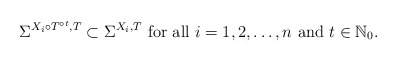
\begin{align*}\Sigma^{X_i\circ T^{\circ t},T}\subset \Sigma^{X_i,T}\mbox{ for all }i=1,2,\ldots,n\mbox{ and }t\in\mathbb{N}_0.\end{align*}